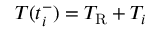
T ( t _ { i } ^ { - } ) = T _ { \mathrm { R } } + T _ { i }